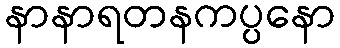
နာနာရတနကပ္ပနော